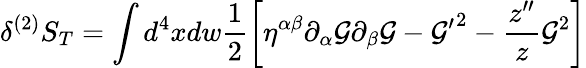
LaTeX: \delta^{(2)}S_{T}=\int d^{4}xdw\frac{1}{2}\biggl[\eta^{\alpha\beta}\partial_{\alpha}{\cal G}\partial_{\beta}{\cal G}-{{\cal G}^{\prime}}^{2}-\frac{z^{\prime\prime}}{z}{\cal G}^{2}\biggr]